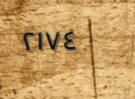
٢١٧٤